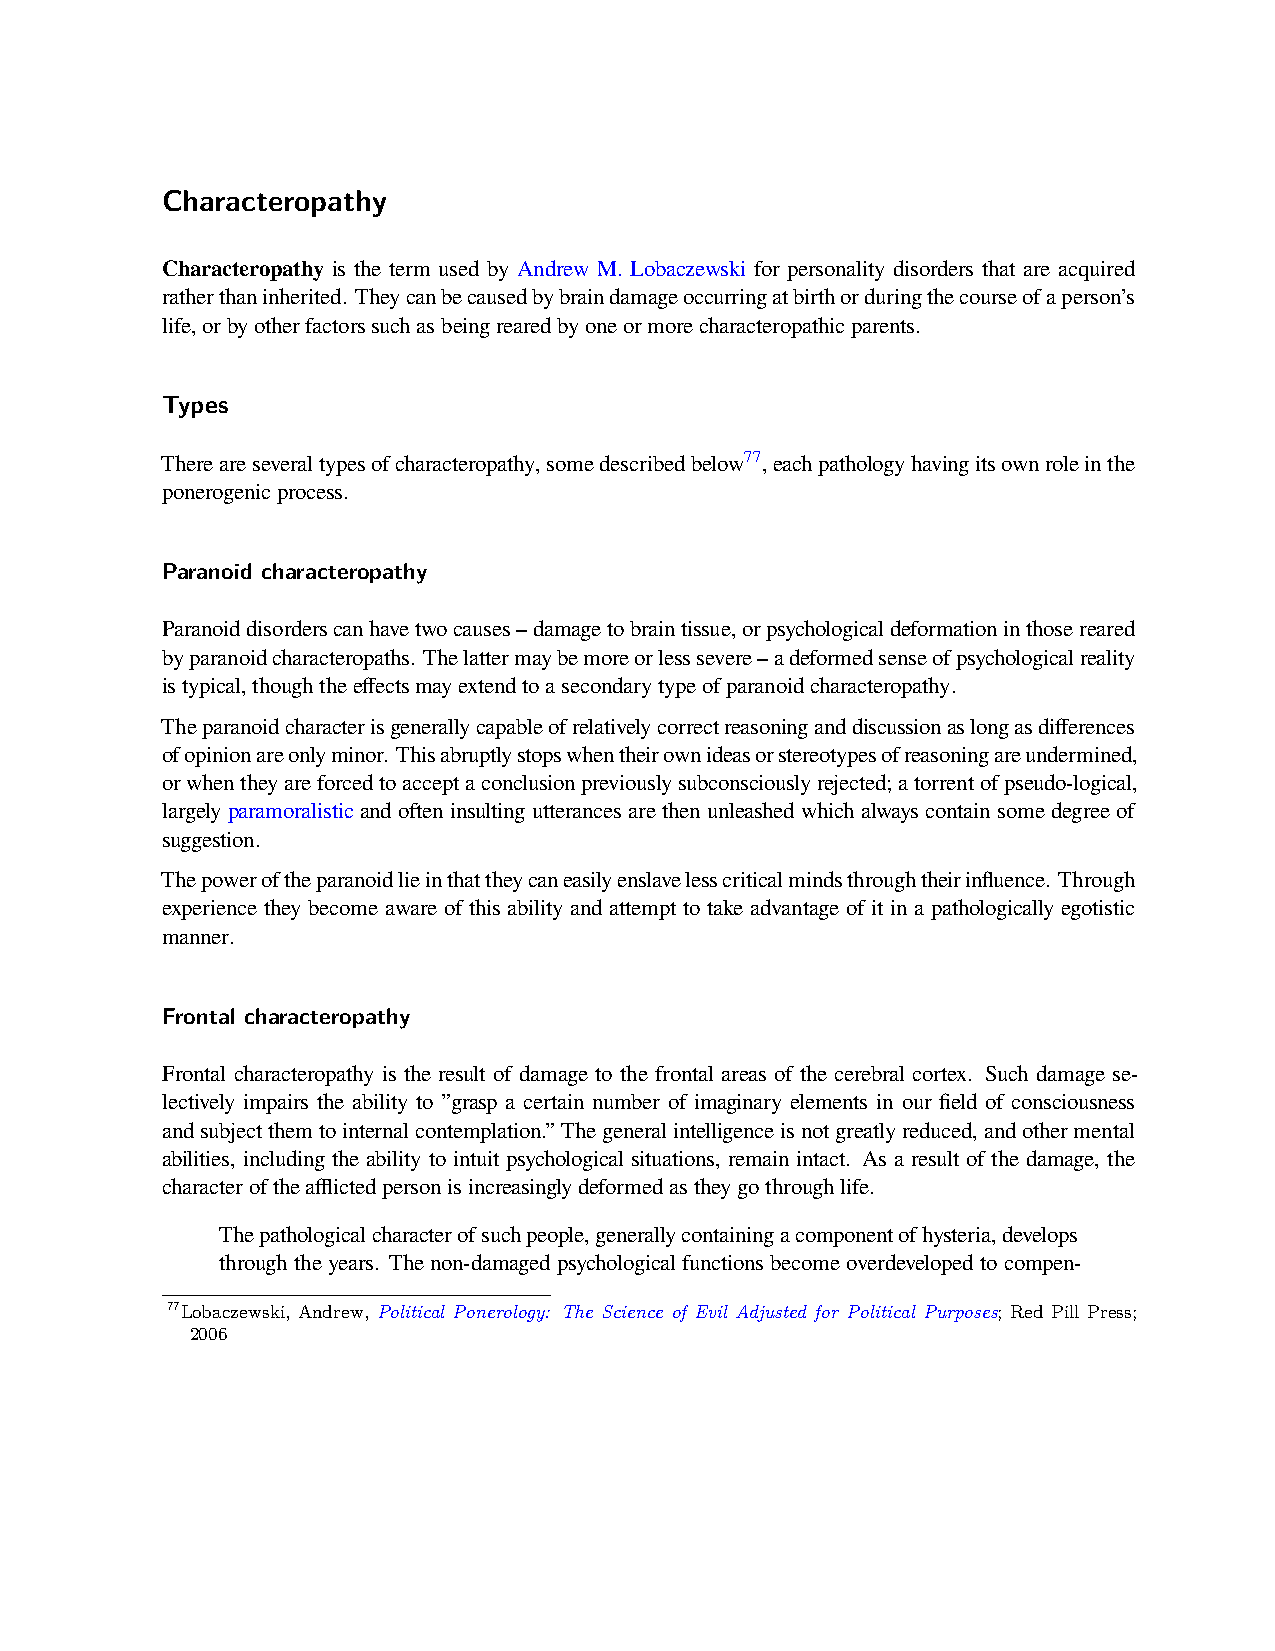
Characteropathy
 Characteropathy is the term used by Andrew M. Lobaczewski for personality disorders that are acquired
 ratherthaninherited. Theycanbecausedbybraindamageoccurringatbirthorduringthecourseofaperson’s
 life,orbyotherfactorssuchasbeingrearedbyoneormorecharacteropathicparents.
 Types
 Thereareseveraltypesofcharacteropathy,somedescribedbelow77,eachpathologyhavingitsownroleinthe
 ponerogenicprocess.
 Paranoid characteropathy
 Paranoiddisorderscanhavetwocauses–damagetobraintissue,orpsychologicaldeformationinthosereared
 byparanoidcharacteropaths. Thelattermaybemoreorlesssevere–adeformedsenseofpsychologicalreality
 istypical,thoughtheeffectsmayextendtoasecondarytypeofparanoidcharacteropathy.
 Theparanoidcharacterisgenerallycapableofrelativelycorrectreasoninganddiscussionaslongasdifferences
 ofopinionareonlyminor. Thisabruptlystopswhentheirownideasorstereotypesofreasoningareundermined,
 orwhentheyareforcedtoacceptaconclusionpreviouslysubconsciouslyrejected;atorrentofpseudo-logical,
 largely paramoralistic and often insulting utterances are then unleashed which always contain some degree of
 suggestion.
 Thepoweroftheparanoidlieinthattheycaneasilyenslavelesscriticalmindsthroughtheirinfluence. Through
 experience they become aware of this ability and attempt to take advantage of it in a pathologically egotistic
 manner.
 Frontal characteropathy
 Frontal characteropathy is the result of damage to the frontal areas of the cerebral cortex. Such damage se-
 lectively impairs the ability to ”grasp a certain number of imaginary elements in our field of consciousness
 andsubjectthemtointernalcontemplation.”Thegeneralintelligenceisnotgreatlyreduced,andothermental
 abilities, including the ability to intuit psychological situations, remain intact. As a result of the damage, the
 characteroftheafflictedpersonisincreasinglydeformedastheygothroughlife.
 Thepathologicalcharacterofsuchpeople,generallycontainingacomponentofhysteria,develops
 throughtheyears. Thenon-damagedpsychologicalfunctionsbecomeoverdevelopedtocompen-
 77Lobaczewski, Andrew, Political Ponerology: The Science of Evil Adjusted for Political Purposes; Red Pill Press;
 2006